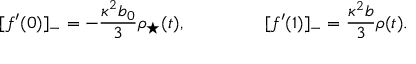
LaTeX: [ f ^ { \prime } ( 0 ) ] _ { - } = - { \frac { \kappa ^ { 2 } b _ { 0 } } { 3 } } \rho _ { \star } ( t ) , ~ ~ ~ ~ ~ ~ ~ ~ ~ ~ ~ ~ ~ [ f ^ { \prime } ( 1 ) ] _ { - } = { \frac { \kappa ^ { 2 } b } { 3 } } \rho ( t ) .